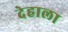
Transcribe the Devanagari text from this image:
देहाला